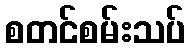
စတင်စမ်းသပ်